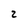
Character: 2